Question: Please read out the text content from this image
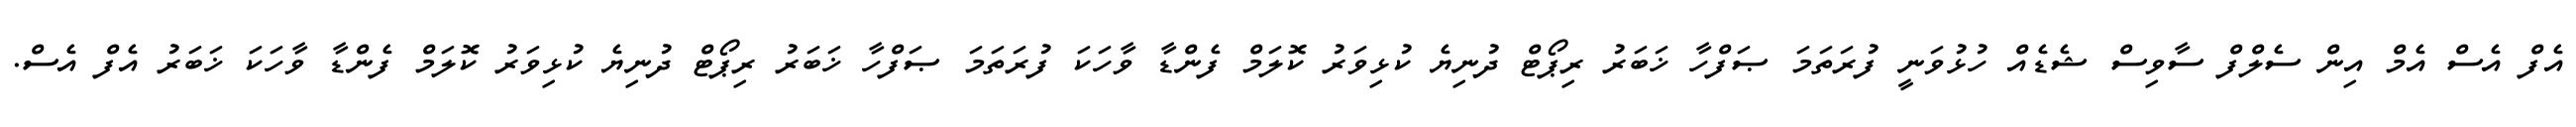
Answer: އެފް އެސް އެމް އިން ސެލްފް ސާވިސް ޝެޑެއް ހުޅުވަނީ ފުރަތަމަ ޞަފްހާ ޚަބަރު ރިޕޯޓް ދުނިޔެ ކުޅިވަރު ކޮލަމް ފެންޑާ ވާހަކަ ފުރަތަމަ ޞަފްހާ ޚަބަރު ރިޕޯޓް ދުނިޔެ ކުޅިވަރު ކޮލަމް ފެންޑާ ވާހަކަ ޚަބަރު އެފް އެސް.